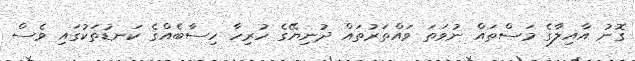
ގޮނު އާއިލާގެ މަސްތައް ނުވަތަ ވައްތަރުތައް ދުނިޔޭގެ ހުރިހާ ހިސާބެއްގެ ކަނޑުތަކުގައި ވެސް